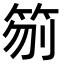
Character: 𥬼